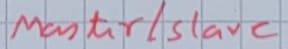
Text: Master/Slave